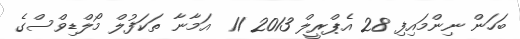
ބަހަން ނިންމައިފި 28 އެޕްރީލް 2013 11  އަމާނާ ތަކަފުލް މޯލްޑިވްސްގެ